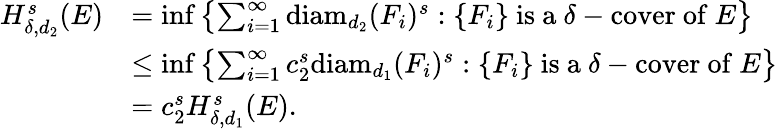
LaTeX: \begin{array}{rl}{H_{\delta,d_{2}}^{s}(E)}&{=\operatorname*{inf}\left\{ \sum_{i=1}^{\infty}\mathrm{diam}_{d_{2}}(F_{i})^{s}:\{ F_{i}\} ~\mathrm{is~a}~\delta-\mathrm{cover~of}~E\right\} }\\ &{\le\operatorname*{inf}\left\{ \sum_{i=1}^{\infty}c_{2}^{s}\mathrm{diam}_{d_{1}}(F_{i})^{s}:\{ F_{i}\} ~\mathrm{is~a}~\delta-\mathrm{cover~of}~E\right\} }\\ &{=c_{2}^{s}H_{\delta,d_{1}}^{s}(E).}\end{array}